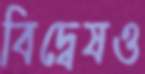
বিদ্বেষও